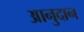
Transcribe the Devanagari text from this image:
आनुदान